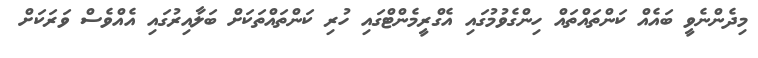
މިދެންނެވީ ބައެއް ކަންތައްތައް ހިންގެވުމުގައި އެގްރީމެންޓްގައި ހުރި ކަންތައްތަކަށް ބަލާއިރުގައި އެއްވެސް ވަރަކަށް